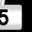
Digit: 5